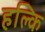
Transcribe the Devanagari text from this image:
हल्कि